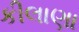
કીલાણા